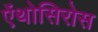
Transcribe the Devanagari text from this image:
ऐंथोसिरोस